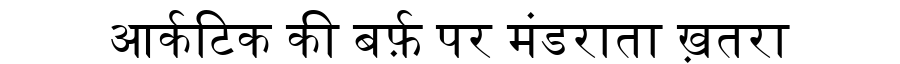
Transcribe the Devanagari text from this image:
आर्कटिक की बर्फ़ पर मंडराता ख़तरा